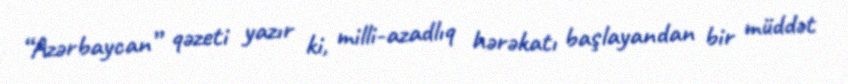
“Azərbaycan” qəzeti yazır ki, milli-azadlıq hərəkatı başlayandan bir müddət